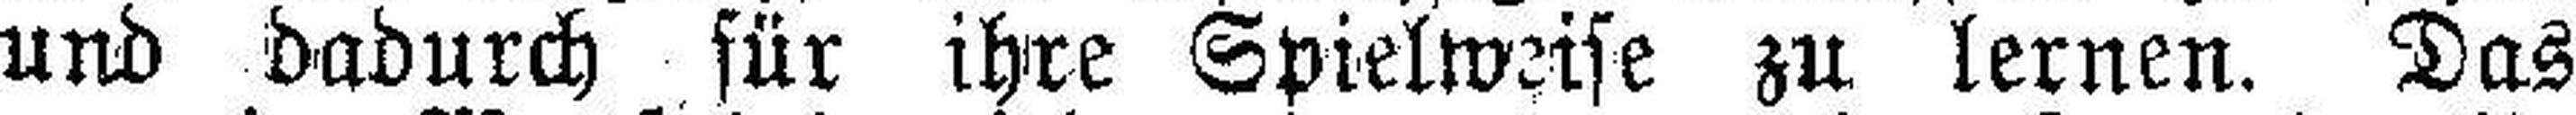
und dadurch für ihre Spielweise zu lernen. Das